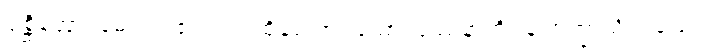
ပုစ္ဆိတော၊ မေးအပ်၏။ တံ၊ ထိုမေးအပ်သော ပြဿနာကို။ န အက္ခာသိ၊ မဖြေ။